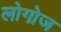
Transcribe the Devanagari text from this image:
लोगोज